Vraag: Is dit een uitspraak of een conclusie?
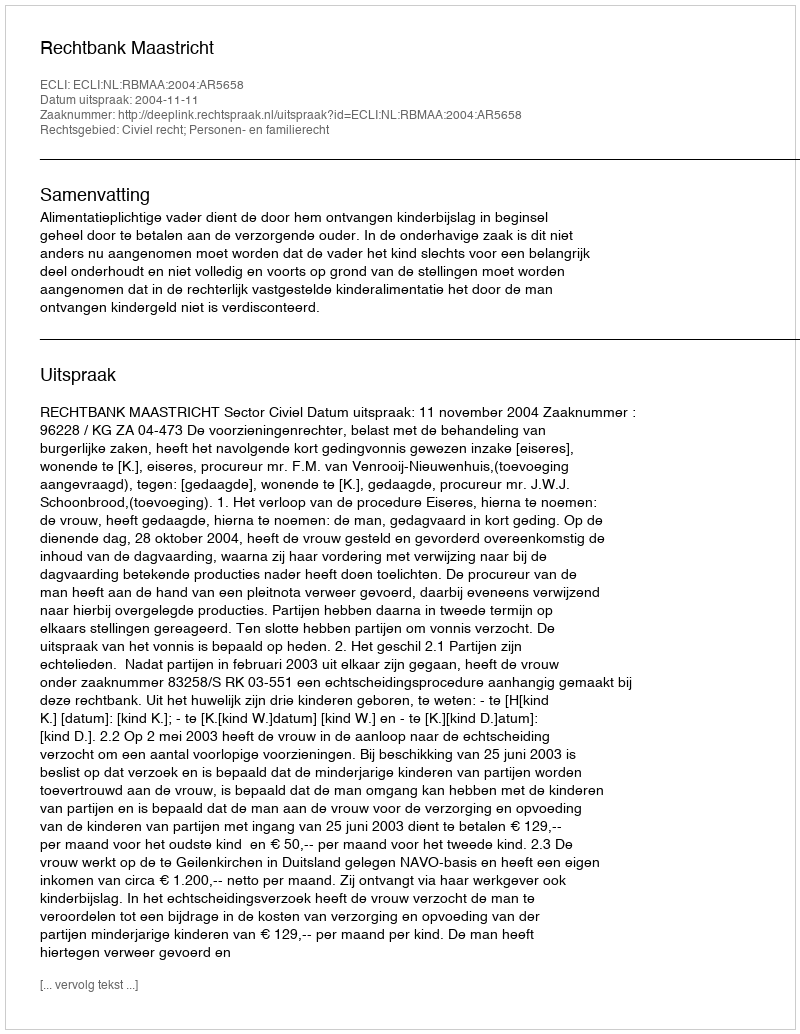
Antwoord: Uitspraak